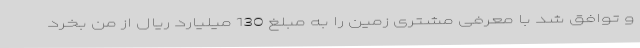
و توافق شد با معرفی مشتری زمین را به مبلغ 130 میلیارد ریال از من بخرد